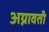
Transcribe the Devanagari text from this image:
अग्नावती